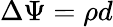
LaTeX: \Delta\Psi=\rho d